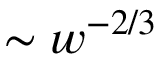
\sim w ^ { - 2 / 3 }